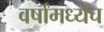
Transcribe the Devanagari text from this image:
वर्षांमध्येच